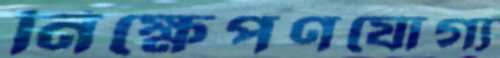
নিক্ষেপণযোগ্য